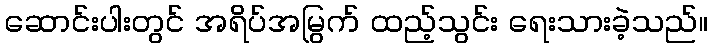
ဆောင်းပါးတွင် အရိပ်အမြွက် ထည့်သွင်း ရေးသားခဲ့သည်။